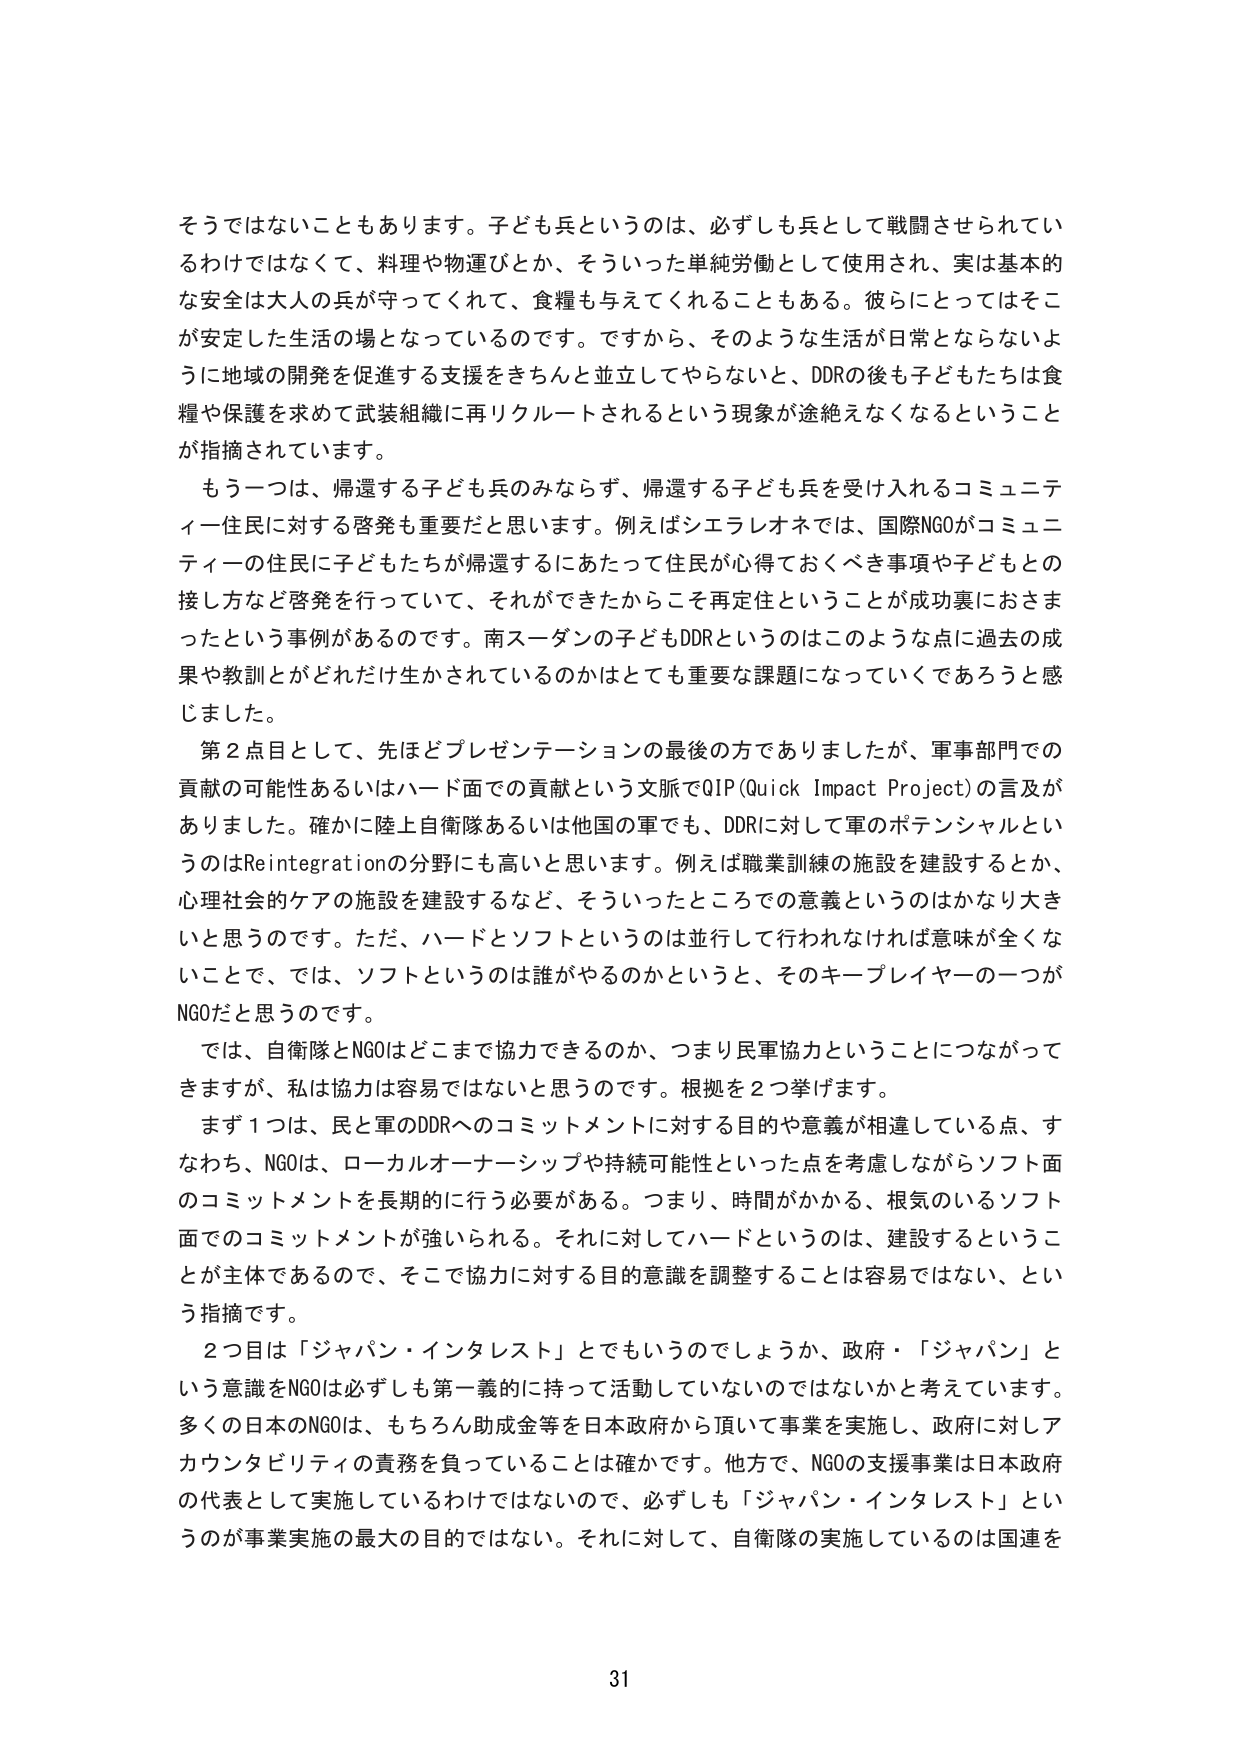
そうではないこともあります。子ども兵というのは、必ずしも兵として戦闘させられているわけではなくて、料理や物運びとか、そういった単純労働として使用され、実は基本的な安全は大人の兵が守ってくれて、食糧も与えてくれることもある。彼らにとってはそこが安定した生活の場となっているのです。ですから、そのような生活が日常とならないように地域の開発を促進する支援をきちんと並立してやらないと、DDRの後も子どもたちは食糧や保護を求めて武装組織に再リクルートされるという現象が途絶えなくなるということが指摘されています。

もう一つは、帰還する子ども兵のみならず、帰還する子ども兵を受け入れるコミュニティー住民に対する啓発も重要だと思います。例えばシエラレオネでは、国際NGOがコミュニティーの住民に子どもたちが帰還するにあたって住民が心得ておくべき事項や子どもとの接し方など啓発を行っていて、それができたからこそ再定住ということが成功裏におさまったという事例があるのです。南スーダンの子どもDDRというのはこのような点に過去の成果や教訓とがどれだけ生かされているのかはとても重要な課題になっていくであろうと感じました。

第2点目として、先ほどプレゼンテーションの最後の方でありましたが、軍事部門での貢献の可能性あるいはハード面での貢献という文脈でQIP（Quick Impact Project）の言及がありました。確かに陸上自衛隊あるいは他国の軍でも、DDRに対して軍のポテンシャルというのはReintegrationの分野にも高いと思います。例えば職業訓練の施設を建設するとか、心理社会的ケアの施設を建設するなど、そういったところでの意義というのはかなり大きいと思うのです。ただ、ハードとソフトというのは並行して行われなければ意味が全くないことで、では、ソフトというのは誰がやるのかというと、そのキープレイヤーの一つがNGOだと思うのです。

では、自衛隊とNGOはどこまで協力できるのか、つまり民軍協力ということにつながってきますが、私は協力は容易ではないと思うのです。根拠を2つ挙げます。

まず1つは、民と軍のDDRへのコミットメントに対する目的や意義が相違している点、すなわち、NGOは、ローカルオーナーシップや持続可能性といった点を考慮しながらソフト面のコミットメントを長期的に行う必要がある。つまり、時間がかかる、根気のいるソフト面でのコミットメントが強いられる。それに対してハードというのは、建設するということが主体であるので、そこで協力に対する目的意識を調整することは容易ではない、という指摘です。

2つ目は「ジャパン・インタレスト」とでもいうのでしょうか、政府・「ジャパン」という意識をNGOは必ずしも第一義的に持って活動していないのではないかと考えています。多くの日本のNGOは、もちろん助成金等を日本政府から頂いて事業を実施し、政府に対しアカウンタビリティの責務を負っていることは確かです。他方で、NGOの支援事業は日本政府の代表として実施しているわけではないので、必ずしも「ジャパン・インタレスト」というのが事業実施の最大の目的ではない。それに対して、自衛隊の実施しているのは国連を

31